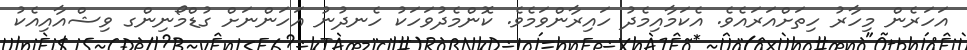
އަހަރެން މިހާރު ހިތަށްއަރައެވެ. އެކަމާއިމެދު ހައިރާންވަމެވެ. ކޮންމެދުވަހަކު ހެނދުނު އަހަންނަށް ގުޑްމޯނިންގ ވިޝްއާއިއެކު